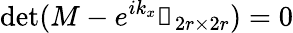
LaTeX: \operatorname*{det}(M-e^{ik_{x}}\mathbb{1}_{2r\times 2r})=0